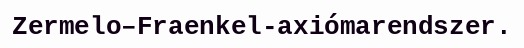
Zermelo–Fraenkel-axiómarendszer.